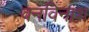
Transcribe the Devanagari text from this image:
वनविनाश